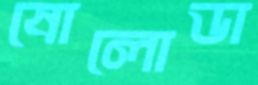
ষোলোডা